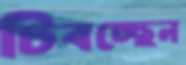
চিবচ্ছেন